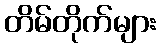
တိမ်တိုက်များ